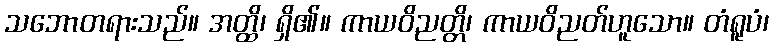
သဘောတရားသည်။ အတ္ထိ၊ ရှိ၏။ ကာယဝိညတ္တိ၊ ကာယဝိညတ်ဟူသော။ တံရူပံ၊